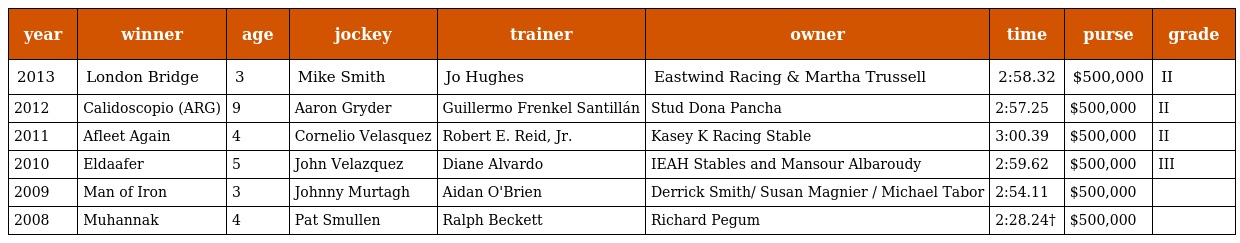
| year | winner | age | jockey | trainer | owner | time | purse | grade |
 | --- | --- | --- | --- | --- | --- | --- | --- | --- |
 | 2013 | London Bridge | 3 | Mike Smith | Jo Hughes | Eastwind Racing & Martha Trussell | 2:58.32 | $500,000 | II |
 | 2012 | Calidoscopio (ARG) | 9 | Aaron Gryder | Guillermo Frenkel Santillán | Stud Dona Pancha | 2:57.25 | $500,000 | II |
 | 2011 | Afleet Again | 4 | Cornelio Velasquez | Robert E. Reid, Jr. | Kasey K Racing Stable | 3:00.39 | $500,000 | II |
 | 2010 | Eldaafer | 5 | John Velazquez | Diane Alvardo | IEAH Stables and Mansour Albaroudy | 2:59.62 | $500,000 | III |
 | 2009 | Man of Iron | 3 | Johnny Murtagh | Aidan O'Brien | Derrick Smith/ Susan Magnier / Michael Tabor | 2:54.11 | $500,000 |  |
 | 2008 | Muhannak | 4 | Pat Smullen | Ralph Beckett | Richard Pegum | 2:28.24† | $500,000 |  |